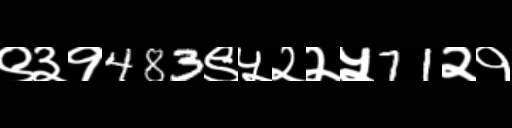
Text: ९३१483९५२२५71२१